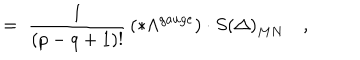
= \; \frac 1 { \left( p - q + 1 \right) ! } \, \left( * \Lambda ^ { g a u g e } \right) \cdot S \left( \Delta \right) _ { M N } \quad ,